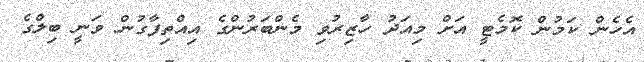
އެހެން ކަމުން ކޮމެޓީ އަށް މިއަދު ހާޒިރުވި މެންބަރުންގެ އިއްތިފާގުން ވަނީ ބިލްގެ